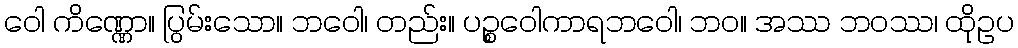
ဝေါ ကိဏ္ဏော။ ပြွမ်းသော။ ဘဝေါ၊ တည်း။ ပဉ္စဝေါကာရဘဝေါ၊ ဘဝ။ အဿ ဘဝဿ၊ ထိုဥပ